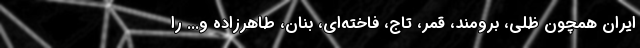
ایران همچون ظلی، برومند، قمر، تاج، فاخته‌ای، بنان، طاهرزاده و... را